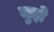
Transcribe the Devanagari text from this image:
जुझे